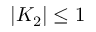
| K _ { 2 } | \le 1